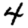
Digit: 4